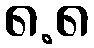
၈.၈